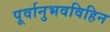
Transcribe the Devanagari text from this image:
पूर्वानुभवविहिन